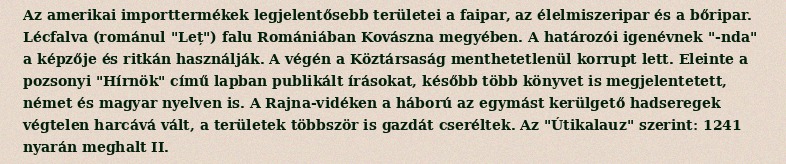
Az amerikai importtermékek legjelentősebb területei a faipar, az élelmiszeripar és a bőripar. Lécfalva (románul "Leț") falu Romániában Kovászna megyében. A határozói igenévnek "-nda" a képzője és ritkán használják. A végén a Köztársaság menthetetlenül korrupt lett. Eleinte a pozsonyi "Hírnök" című lapban publikált írásokat, később több könyvet is megjelentetett, német és magyar nyelven is. A Rajna-vidéken a háború az egymást kerülgető hadseregek végtelen harcává vált, a területek többször is gazdát cseréltek. Az "Útikalauz" szerint: 1241 nyarán meghalt II.